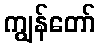
ကျွန်တော်